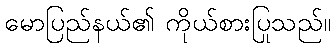
မောပြည်နယ်၏ ကိုယ်စားပြုသည်။